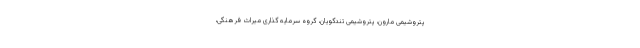
پتروشیمی مارون، پتروشیمی تندگویان، گروه سرمایه گذاری میراث فرهنگی،